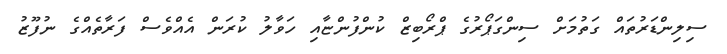
ސިލިންޑަރުތައް ގަތުމަށް ސިންގަޕޯރުގެ ޕްރޯބިޒް ކުންފުންޏާއި ހަވާލު ކުރަން އެއްވެސް ފަރާތެއްގެ ނުފޫޒު